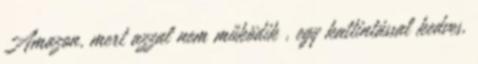
Amazon, mert azzal nem működik , egy kattintással kedves,